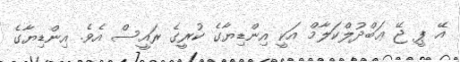
އޭ ޕީ ޖޭ ޢަބްދުލްކަލާމް އަކީ އިންޑިޔާގެ ކުރީގެ ރައީސް އެވެ. އިންޑިޔާގެ